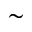
\sim